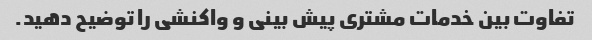
تفاوت بین خدمات مشتری پیش بینی و واکنشی را توضیح دهید.